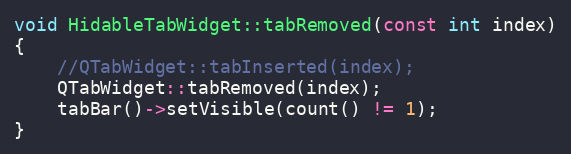
Language: C++
void HidableTabWidget::tabRemoved(const int index)
{
    //QTabWidget::tabInserted(index);
    QTabWidget::tabRemoved(index);
    tabBar()->setVisible(count() != 1);
}